system: You are a helpful assistant.
user:
Analyze the provided spectrum to determine if it is a **M-type Giant (gM)**.

A M-type Giant spectrum is defined by its **strong molecular absorption** features, particularly from **Titanium Oxide (TiO)**. You must check for one of the following mutually exclusive signatures:

- **Key Visual Indicators (Absorption-Dominated Spectrum):**

    - **(Primary):** The spectrum is dominated by strong molecular absorption from **Titanium Oxide (TiO)**. This is the **defining feature** of its M-type temperature class.
        - **(Key Bandheads):** Look for sharp, "saw-tooth" absorption valleys. The strongest are located near **~7050 Å**, **~6160 Å**, and **~5170 Å**.
        - **(Line Profile):** The "saw-tooth" morphology is critical: a **sharp, steep drop on the BLUE (short-wavelength) side** of the bandhead, followed by a gradual recovery (rising flux) towards the RED (long-wavelength) side.

    - **(Key Confirmation - Giant vs. Dwarf):** **ABSENCE** of strong **Calcium Hydride (CaH)** molecular bands. This is the primary diagnostic for *excluding* M-dwarfs.
        - **(Key Region):** The spectrum should lack the strong, broad absorption band seen in dwarfs between **~6800 Å and ~7000 Å**.

    - **(Secondary Confirmation - Giant):** A very strong and broad **Neutral Calcium (Ca I)** atomic absorption line.
        - **(Key Line):** Located at **~4226 Å**. In a giant (gM), this line is significantly deeper and broader than the same line in an M-dwarf (dM) due to low surface gravity.

    - **(Overall Spectrum):**
        - The continuum is **extremely red-sloping** (i.e., flux is very low in the blue and rises dramatically towards the red).
        - The entire spectrum appears "chopped up" by the deep TiO bands.

Think first, call **spectral_visualization_tool** if needed to examine features in detail, then provide your final answer. Your response must adhere to the following strict rules:
1.  **Overall Structure:** Your response must follow the format `<think>...</think> <tool_call>...</tool_call> (if a tool is used) <answer>...</answer>`.
2.  **Tool Usage Constraint:** You may only make **one** tool call per turn.
3.  **Final Answer Format:** In the `<answer>` tag, your conclusion must be inside a `\boxed{}` command (e.g., `\boxed{YES}` or `\boxed{NO}`), followed by your justification.

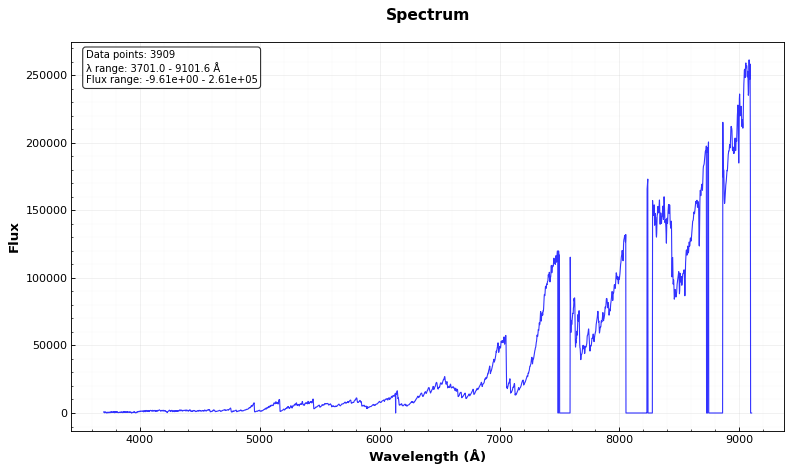
Answer: YES